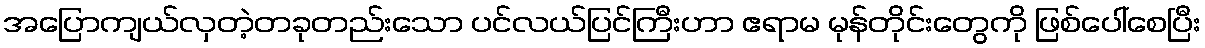
အပြောကျယ်လှတဲ့တခုတည်းသော ပင်လယ်ပြင်ကြီးဟာ ဧရာမ မုန်တိုင်းတွေကို ဖြစ်ပေါ်စေပြီး